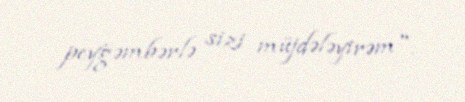
peyğəmbərlə sizi müjdələyirəm".